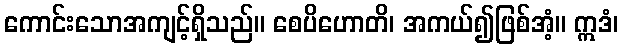
ကောင်းသောအကျင့်ရှိသည်။ စေပိဟောတိ၊ အကယ်၍ဖြစ်အံ့။ ဣဒံ၊